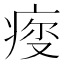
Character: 𤶤